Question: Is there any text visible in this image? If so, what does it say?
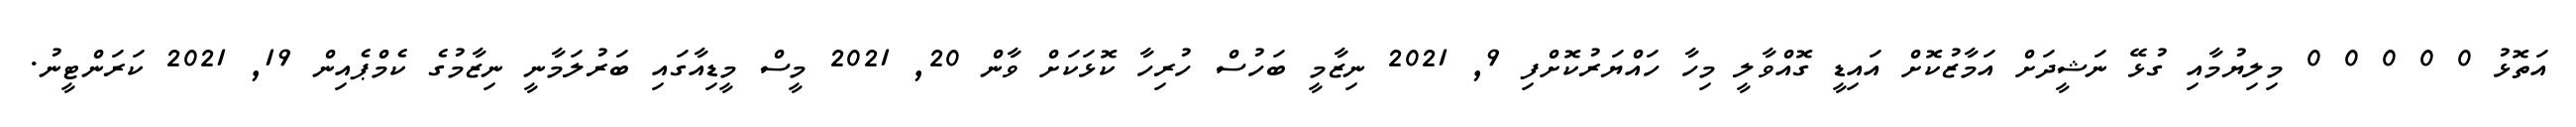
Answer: އަތޮޅު 0 0 0 0 0 މިލިޔުމާއި ގުޅޭ ނަޝީދަށް އަމާޒުކޮށް އައިޑީ ގޮއްވާލީ މިހާ ހައްޔަރުކޮށްފި 9, 2021 ނިޒާމީ ބަހުސް ހުރިހާ ކޮޅަކަށް ވާން 20, 2021 މީސް މީޑިއާގައި ބަރުލަމާނީ ނިޒާމުގެ ކެމްޕެއިން 19, 2021 ކަރަންޓީނު.